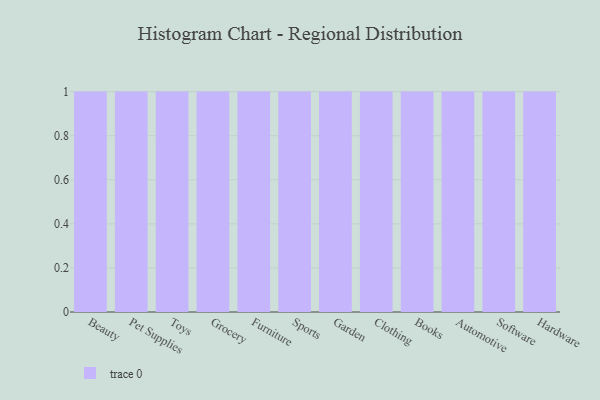
{"axis": {"x": "Category", "y": "Churn Rate (%)"}, "legend": [""], "data": [{"x": "Beauty", "y": 95, "type": ""}, {"x": "Pet Supplies", "y": 1, "type": ""}, {"x": "Toys", "y": 51, "type": ""}, {"x": "Grocery", "y": 30, "type": ""}, {"x": "Furniture", "y": 41, "type": ""}, {"x": "Sports", "y": 6, "type": ""}, {"x": "Garden", "y": 60, "type": ""}, {"x": "Clothing", "y": 6, "type": ""}, {"x": "Books", "y": 83, "type": ""}, {"x": "Automotive", "y": 90, "type": ""}, {"x": "Software", "y": 65, "type": ""}, {"x": "Hardware", "y": 75, "type": ""}]}